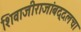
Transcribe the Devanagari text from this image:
शिवाजीराजांबद्दलचा